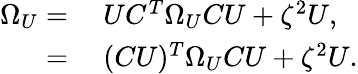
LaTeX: \begin{array}{rl}{\Omega_{U}=}&{{}\ UC^{T}\Omega_{U}CU+\zeta^{2}U,}\\ {=}&{{}\ (CU)^{T}\Omega_{U}CU+\zeta^{2}U.}\end{array}